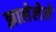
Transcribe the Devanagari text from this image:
झालेलेले